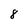
Character: 8